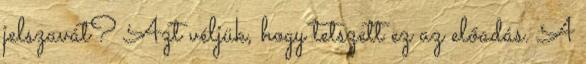
jelszavát? Azt véljük, hogy tetszett ez az előadás. A